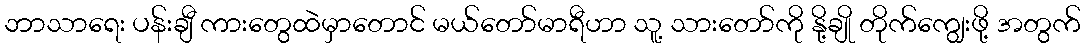
ဘာသာရေး ပန်းချီ ကားတွေထဲမှာတောင် မယ်တော်မာရီဟာ သူ့ သားတော်ကို နို့ချို တိုက်ကျွေးဖို့ အတွက်